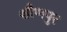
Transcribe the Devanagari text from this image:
शौणपुर